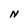
Character: N